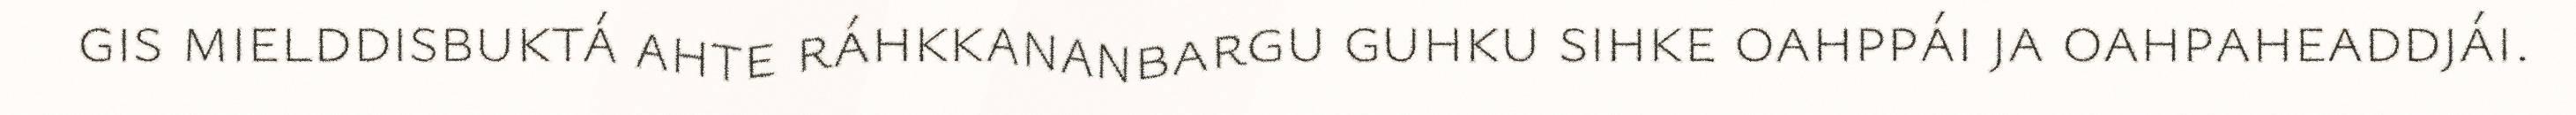
gis mielddisbuktá ahte ráhkkananbargu guhku sihke oahppái ja oahpaheaddjái.